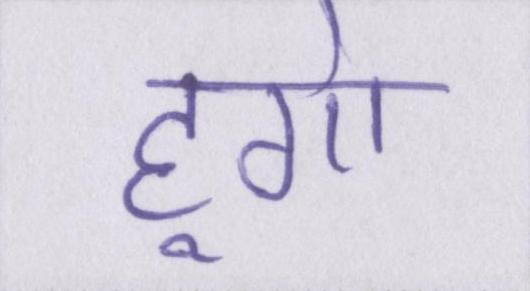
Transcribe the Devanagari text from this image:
हूगो